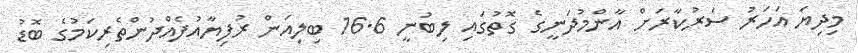
މިދިޔަ އަހަރު ސަރުކާރަށް އާންމުދަނީގެ ގޮތުގައި ލިބުނީ 16.6 ބިލިއަން ރުފިޔާއުފެއްދުންތެރިކަމުގެ ބޮޑު